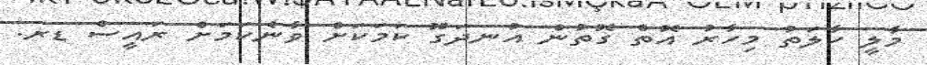
މާލީ ހާލަތު މިހާރު އޮތް ގޮތުން އުނދަގޫ ކަމަކަށް ވާނެކަމަށް ރައީސް ޑރ.